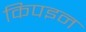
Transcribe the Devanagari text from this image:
किपइन